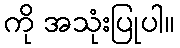
ကို အသုံးပြုပါ။